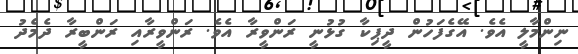
ނިންމާލީ އެވެ. އޭގެފަހުން ދީޕިކާ ގުޅުނީ ރަންވީރާ އެވެ. ރަންވީރާއި ރަންބީރާ ދެމެދު